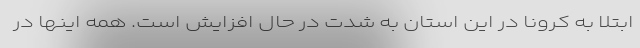
ابتلا به کرونا در این استان به‌ شدت در حال افزایش است. همه اینها در